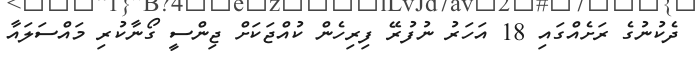
ދެކުނުގެ ރަށެއްގައި 18 އަހަރު ނުފުރޭ ފިރިހެން ކުއްޖަކަށް ޖިންސީ ގޯނާކުރި މައްސަލައާ